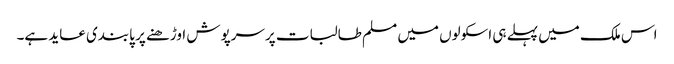
اس ملک میں پہلے ہی اسکولوں میں مسلم طالبات پرسرپوش اوڑھنے پر پابندی عاید ہے۔